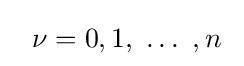
~~\nu =0,1,\ \dots \ ,n~